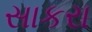
સાકરા